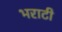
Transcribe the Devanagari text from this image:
भराटी